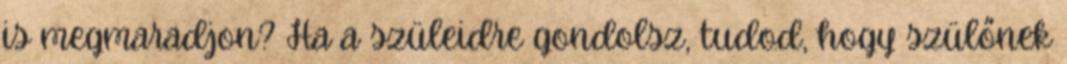
is megmaradjon? Ha a szüleidre gondolsz, tudod, hogy szülőnek